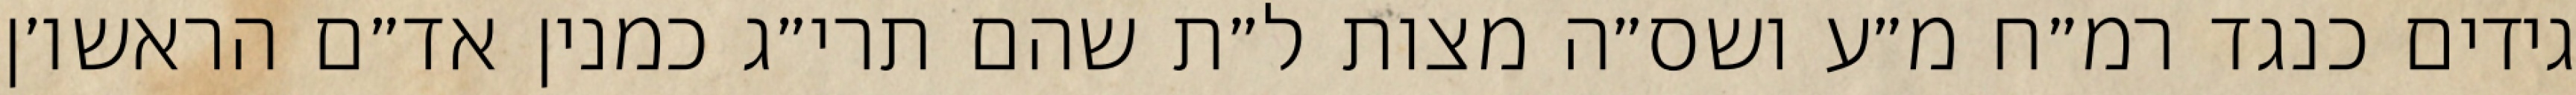
גידים כנגד רמ״ח מ״ע ושס״ה מצות ל״ת שהם תרי״ג כמנין אד״ם הראשו׳ן